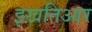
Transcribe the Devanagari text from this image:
इख़तिआर